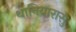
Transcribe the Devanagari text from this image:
थानियारासु